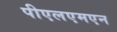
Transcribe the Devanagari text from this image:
पीएलएमएन